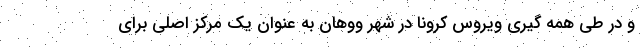
و در طی همه گیری ویروس کرونا در شهر ووهان به عنوان یک مرکز اصلی برای